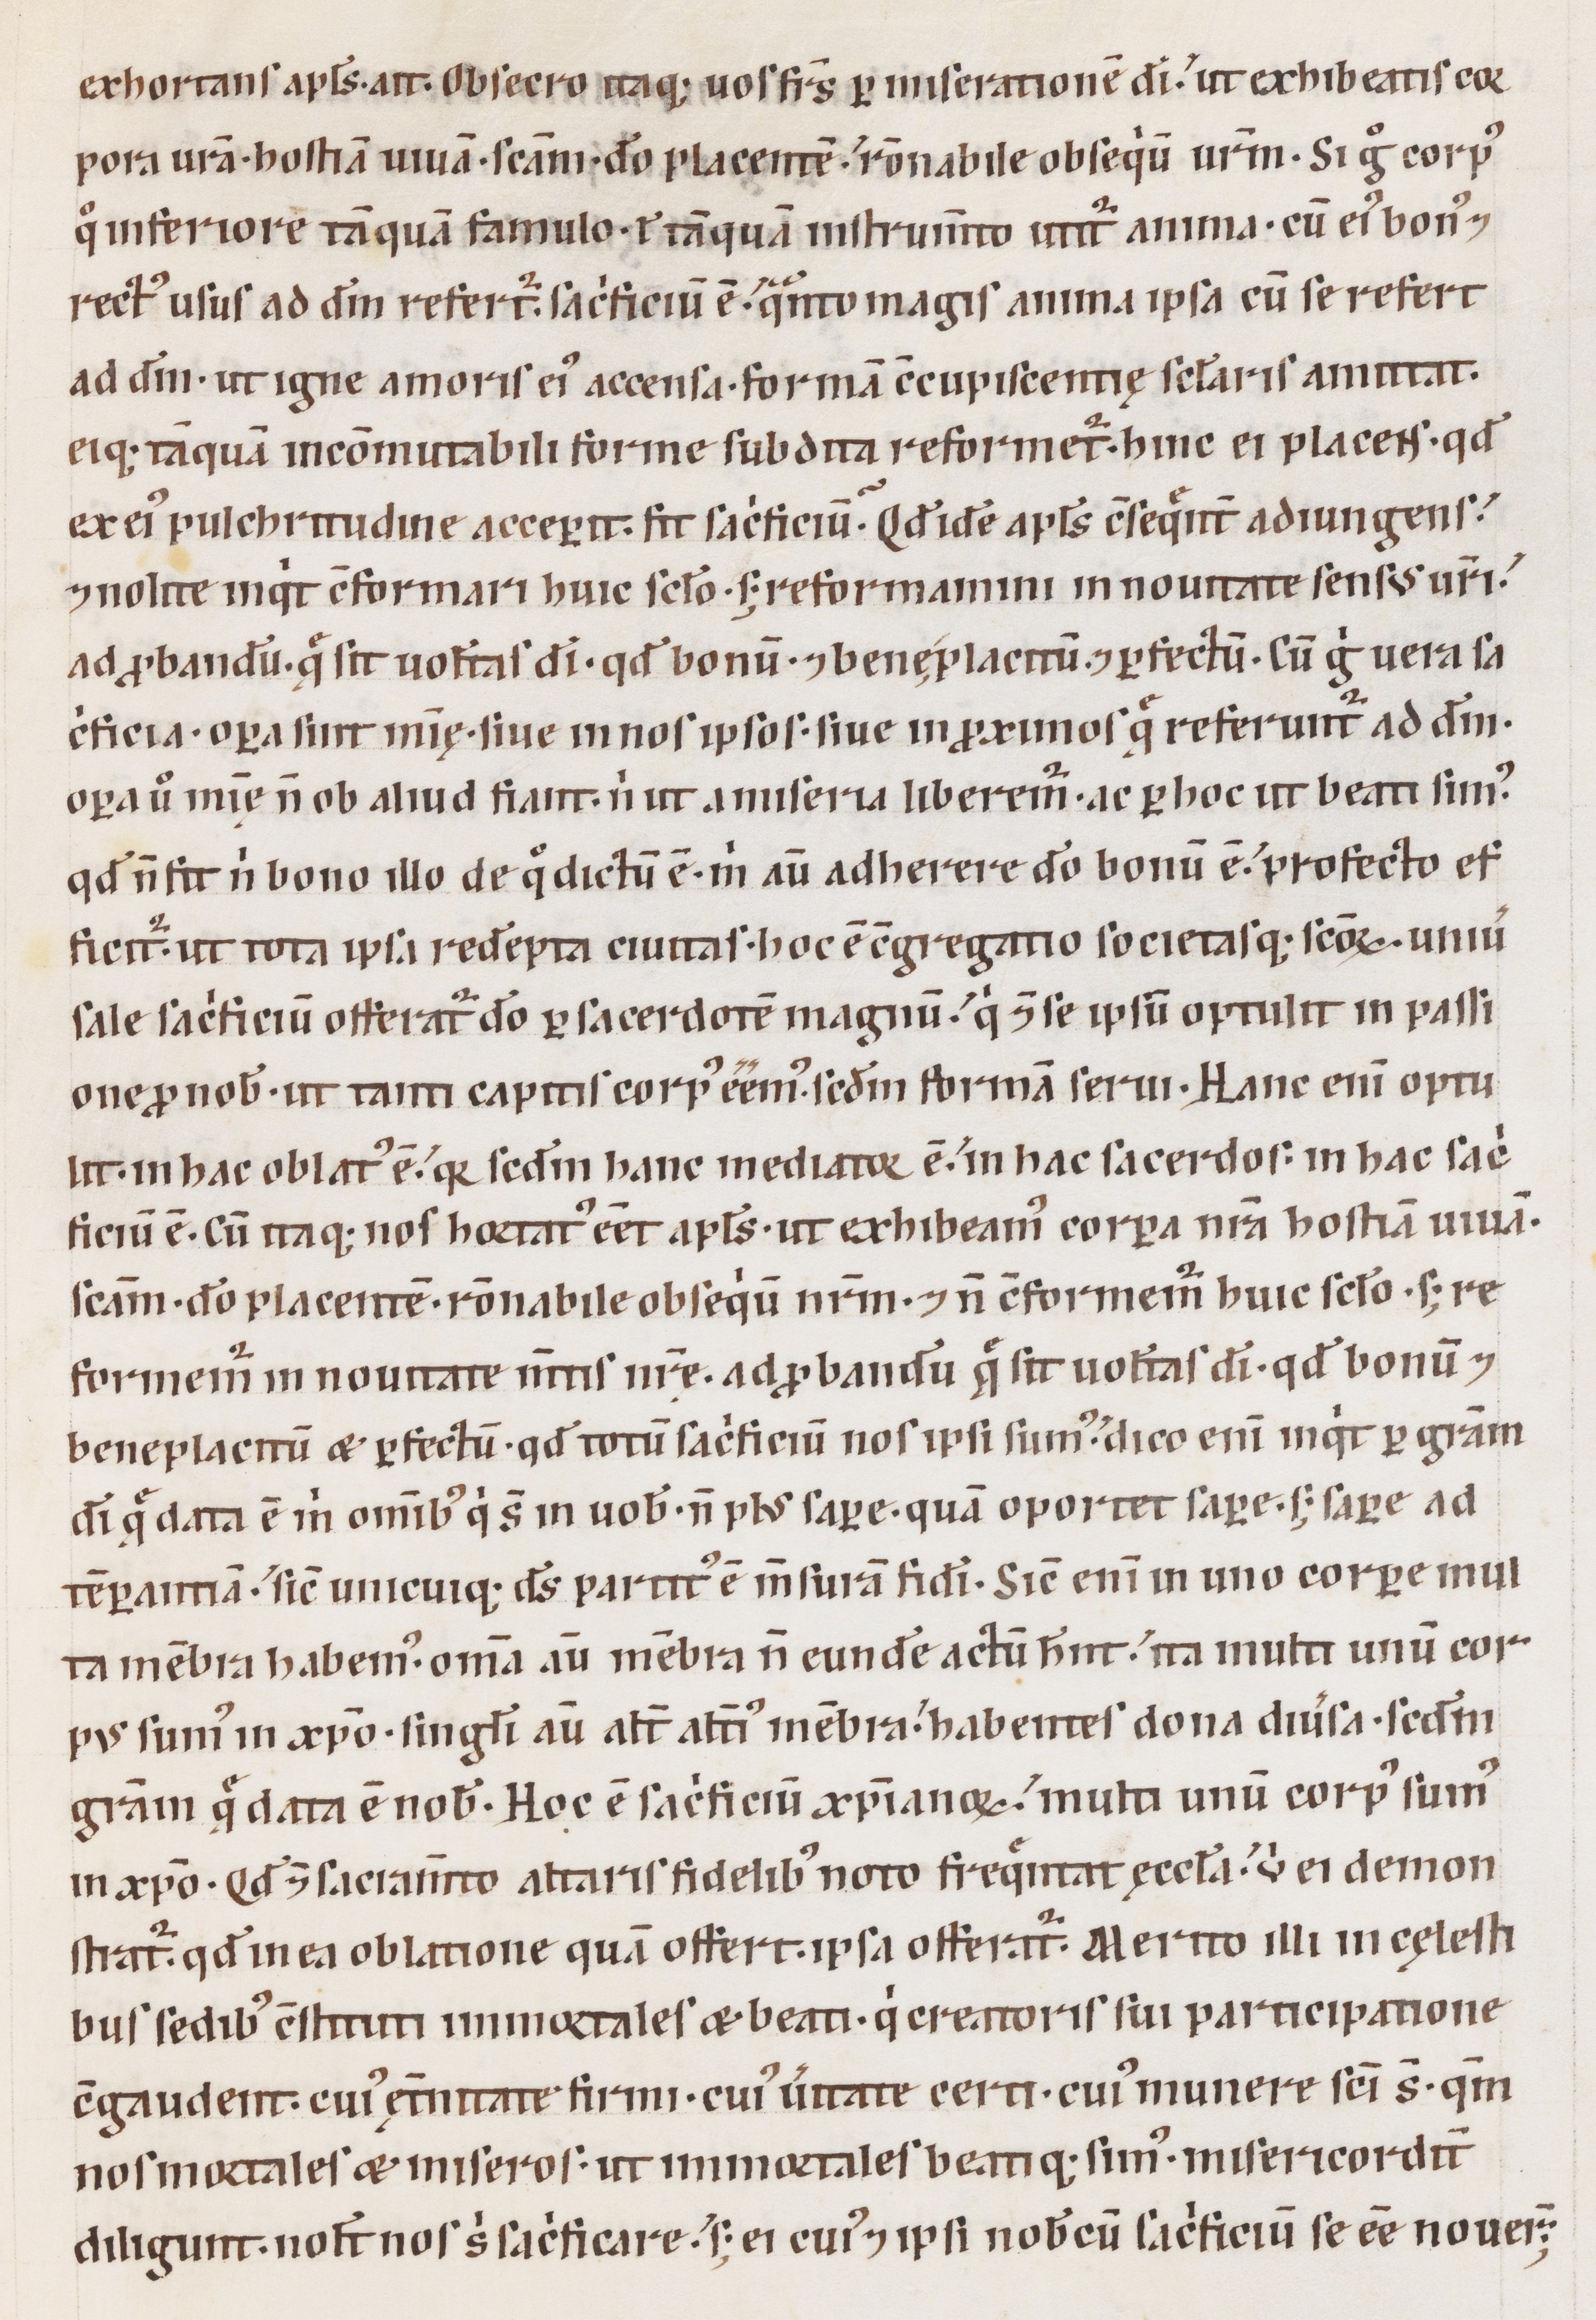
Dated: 1100–1199